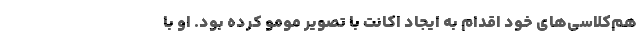
هم‌کلاسی‌های خود اقدام به ایجاد اکانت با تصویر مومو کرده بود. او با